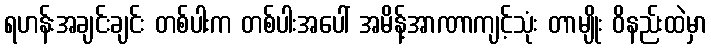
ရဟန်းအချင်းချင်း တစ်ပါးက တစ်ပါးအပေါ် အမိန့်အာဏာကျင့်သုံး တာမျိုး ဝိနည်းထဲမှာ